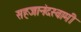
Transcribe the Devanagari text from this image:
सहजानंदस्वामी